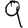
Digit: 9